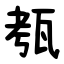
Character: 㼥